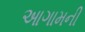
આગામની